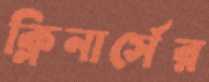
ক্লিনার্সের